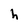
Character: h